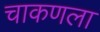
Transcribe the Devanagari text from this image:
चाकणला